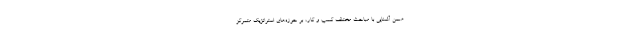
ضمن آشنایی با مباحث مختلف کسب و کار، بر حوزه‌های استراتژیک متمرکز